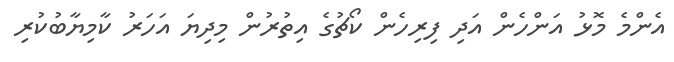
އެންމެ މޮޅު އަންހެން އަދި ފިރިހެން ކޯޗުގެ އިތުރުން މިދިޔަ އަހަރު ކާމިޔާބުކުރި